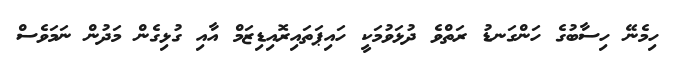
ހިމެނޭ ހިސާބުގެ ހަންގަނޑު ރަތްވެ ދުޅަވުމަކީ ހައިޕަތައިރޮއިޑިޒަމް އާއި ގުޅިގެން މަދުން ނަމަވެސް